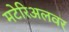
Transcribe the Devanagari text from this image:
मटेरिअलवर